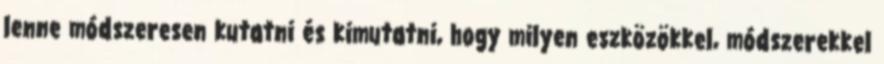
lenne módszeresen kutatni és kimutatni, hogy milyen eszközökkel, módszerekkel